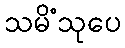
သမိံသုပေ